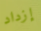
إزداد